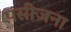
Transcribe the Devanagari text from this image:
पसीजना